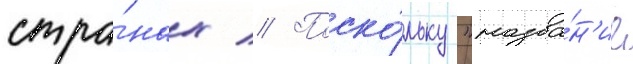
стра́нах // Поско́льку "назва́н'ие